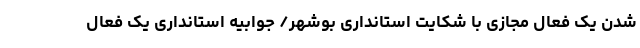
شدن یک فعال مجازی با شکایت استانداری بوشهر/ جوابیه استانداری یک فعال